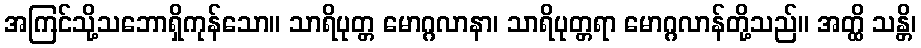
အကြင်သို့သဘောရှိကုန်သော။ သာရိပုတ္တ မောဂ္ဂလာနာ၊ သာရိပုတ္တရာ မောဂ္ဂလာန်တို့သည်။ အတ္ထိ သန္တိ၊